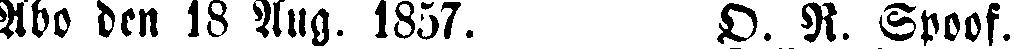
Abo den 18 Aug. 1857. D. R. Spoof.